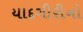
યાદગીરીનો